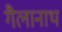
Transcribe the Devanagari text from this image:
गैलानाथ